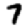
Digit: 7